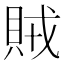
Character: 賊